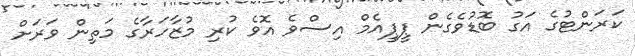
ކަރަންޓުގެ އަގު ބޮޑުވެެގެން ޕީޕީއެމް އިސްވެ އޮވެ ކުރި މުޒާހަރާގެ މަތިން ވަރަށް